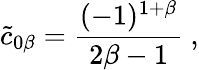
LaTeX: {\tilde{c}}_{0\beta}={\frac{(-1)^{1+\beta}}{2\beta-1}}\ ,